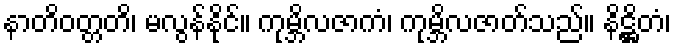
နာတိဝတ္တတိ၊ မလွန်နိုင်။ ကုမ္ဘိလဇာကံ၊ ကုမ္ဘိလဇာတ်သည်။ နိဋ္ဌိတံ၊